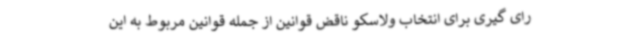
رای گیری برای انتخاب ولاسکو ناقض قوانین از جمله قوانین مربوط به این